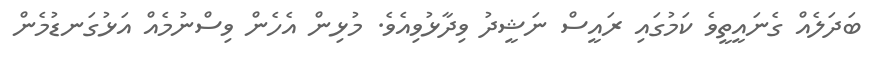
ބަދަލެއް ގެނައީތީވެ ކަމުގައި ރައީސް ނަޝީދު ވިދާޅުވިއެވެ. މުޅިން އެހެން ވިސްނުމެއް އަޅުގަނޑުމެން